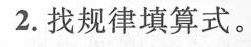
2.找规律填算式。